Document type: Sale
Year: 1461
Scribe: [Unknown]
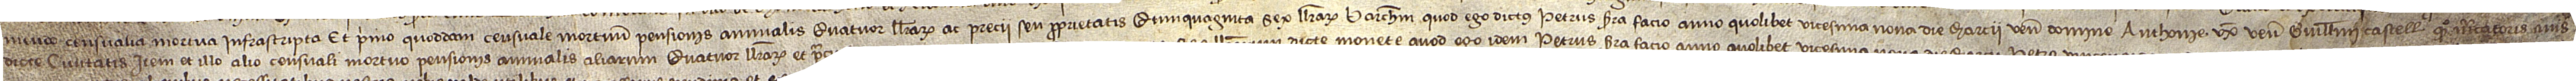
mendo censualia mortua infrascripta, et primo quoddam censuale mortuum pensionis annualis quatuor llibrarum ac precii seu proprietatis quinquaginta sex llibrarum barchinonensium quod ego dictus Petrus Serra facio anno quolibet vicesima nona die marcii venerabili domine Anthonie, uxori venerabilis Guillelmi Castell, quondam, mercatoris, civis